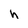
Character: h